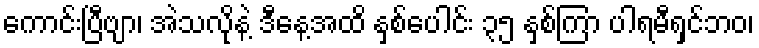
ကောင်းပြီဗျာ၊ အဲသလိုနဲ့ ဒီနေ့အထိ နှစ်ပေါင်း ၃၅ နှစ်ကြာ ပါရမီရှင်ဘဝ၊